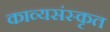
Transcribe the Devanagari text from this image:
काव्यसंस्कृत